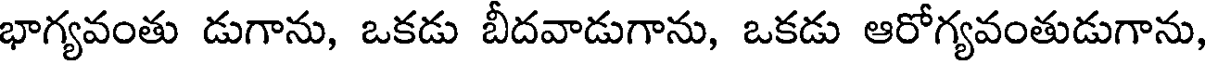
భాగ్యవంతు డుగాను, ఒకడు బీదవాడుగాను, ఒకడు ఆరోగ్యవంతుడుగాను,